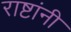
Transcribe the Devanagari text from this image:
राष्टांनी